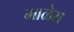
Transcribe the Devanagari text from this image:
माळेस